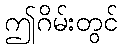
ဤဂိမ်းတွင်